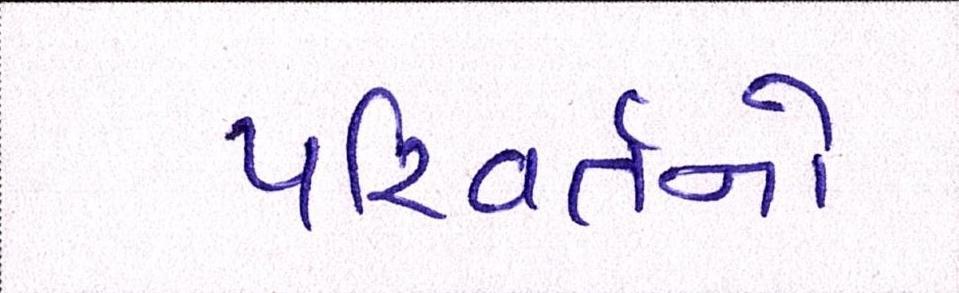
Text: પરિવર્તનો